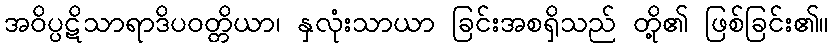
အဝိပ္ပဋိသာရာဒိပဝတ္တိယာ၊ နှလုံးသာယာ ခြင်းအစရှိသည် တို့၏ ဖြစ်ခြင်း၏။